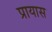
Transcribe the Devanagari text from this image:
प्रायास